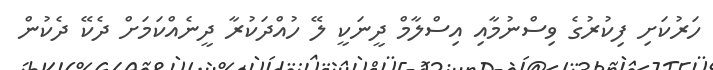
ހަރުކަށި ފިކުރުގެ ވިސްނުމާއި އިސްލާމް ދީނަކީ ލޭ ހުއްދަކުރާ ދީނެއްކަމަށް ދެކޭ ދެކުން